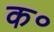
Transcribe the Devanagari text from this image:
क॰